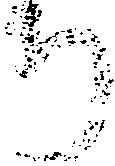
ち